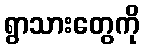
ရွာသားတွေကို